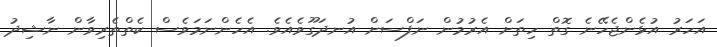
އަހަރު އުޅެންޖެހޭނެ ގޮތް ހިތަށް އެރުމުން ނަފްސަށް އުނދަގޫވެއެވެ. އެހެންނަމަވެސް ކެތްތެރިވާން ނާޝިދު